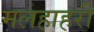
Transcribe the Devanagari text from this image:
मलहाहरी